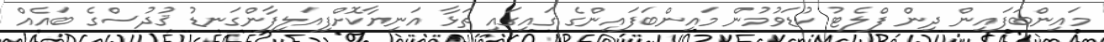
މައިންބަފައިން ދިން ފްލެޓު ކުޑަވުމުން މައިންބަފައިންގެ ގައިގައި ތަޅާ އަނިޔާކޮށްފިއަލިފާންގަނޑު ޤުދުސްގެ ބައެއް